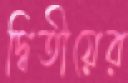
দ্বিতীয়ের